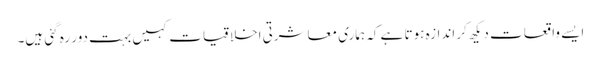
ایسے واقعات دیکھ کر اندازہ ہوتا ہے کہ ہماری معاشرتی اخلاقیات کہیں بہت دور رہ گئی ہیں۔